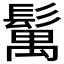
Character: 𩮐